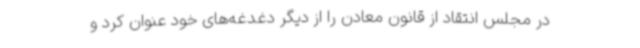
در مجلس انتقاد از قانون معادن را از دیگر دغدغه‌های خود عنوان کرد و